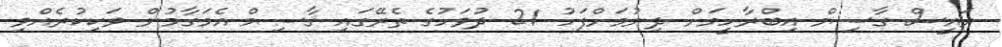
ރައީސް ގާސިމް އިބްރާހީމަށް ދިނުމަށްފަހު 21 ދުވަހުގެ ތެރޭގައި ޤާސިމް އެމަގާމުން ވަކިކުރެއްވި